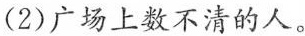
(2)广场上数不清的人。